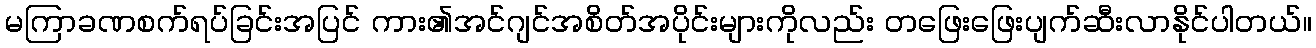
မကြာခဏစက်ရပ်ခြင်းအပြင် ကား၏အင်ဂျင်အစိတ်အပိုင်းများကိုလည်း တဖြေးဖြေးပျက်ဆီးလာနိုင်ပါတယ်။